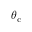
\theta _ { \mathrm { c } }